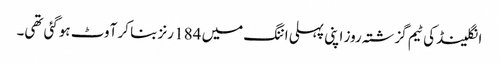
انگلینڈ کی ٹیم گزشتہ روز اپنی پہلی اننگ میں 184 رنز بنا کر آوٹ ہوگئی تھی۔